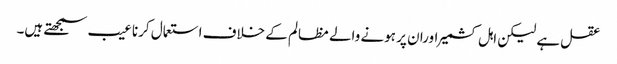
عقل ہے لیکن اہل کشمیر اوران پر ہونے والے مظالم کے خلاف استعمال کرنا عیب سمجھتے ہیں۔